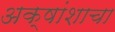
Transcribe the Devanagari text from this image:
अक्षांशाचा